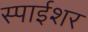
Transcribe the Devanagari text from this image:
स्पाईशर